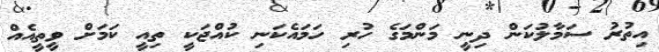
އިތުރު ސަމާލުކަން ދިނީ މަންމަގެ ހުރި ހަމައެކަނި ކުއްޖަކީ ތިއީ ކަމަށް ވީތީއެއް